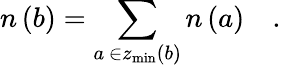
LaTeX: n\left(b\right)=\sum_{a\, \in z_{\operatorname*{min}}\left(b\right)}n\left(a\right)\quad.